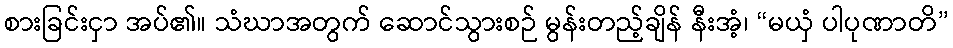
စားခြင်းငှာ အပ်၏။ သံဃာအတွက် ဆောင်သွားစဉ် မွန်းတည့်ချိန် နီးအံ့၊ “မယှံ ပါပုဏာတိ”